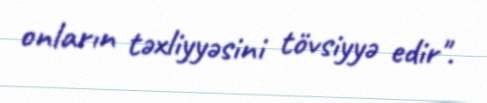
onların təxliyyəsini tövsiyyə edir".